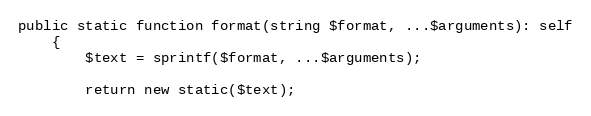
Language: PHP
public static function format(string $format, ...$arguments): self
    {
        $text = sprintf($format, ...$arguments);

        return new static($text);